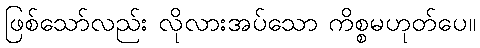
ဖြစ်သော်လည်း လိုလားအပ်သော ကိစ္စမဟုတ်ပေ။